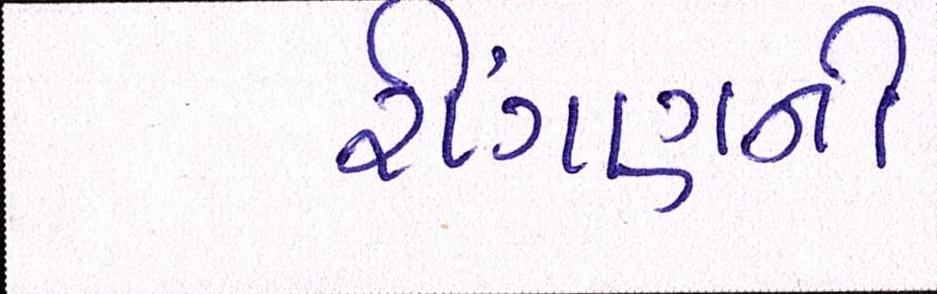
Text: રીંગણની